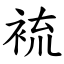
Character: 裗